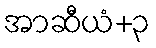
အာဆီယံ+၃